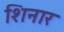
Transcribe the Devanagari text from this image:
शिनार